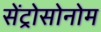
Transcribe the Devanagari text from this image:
सेंट्रोसोनोम